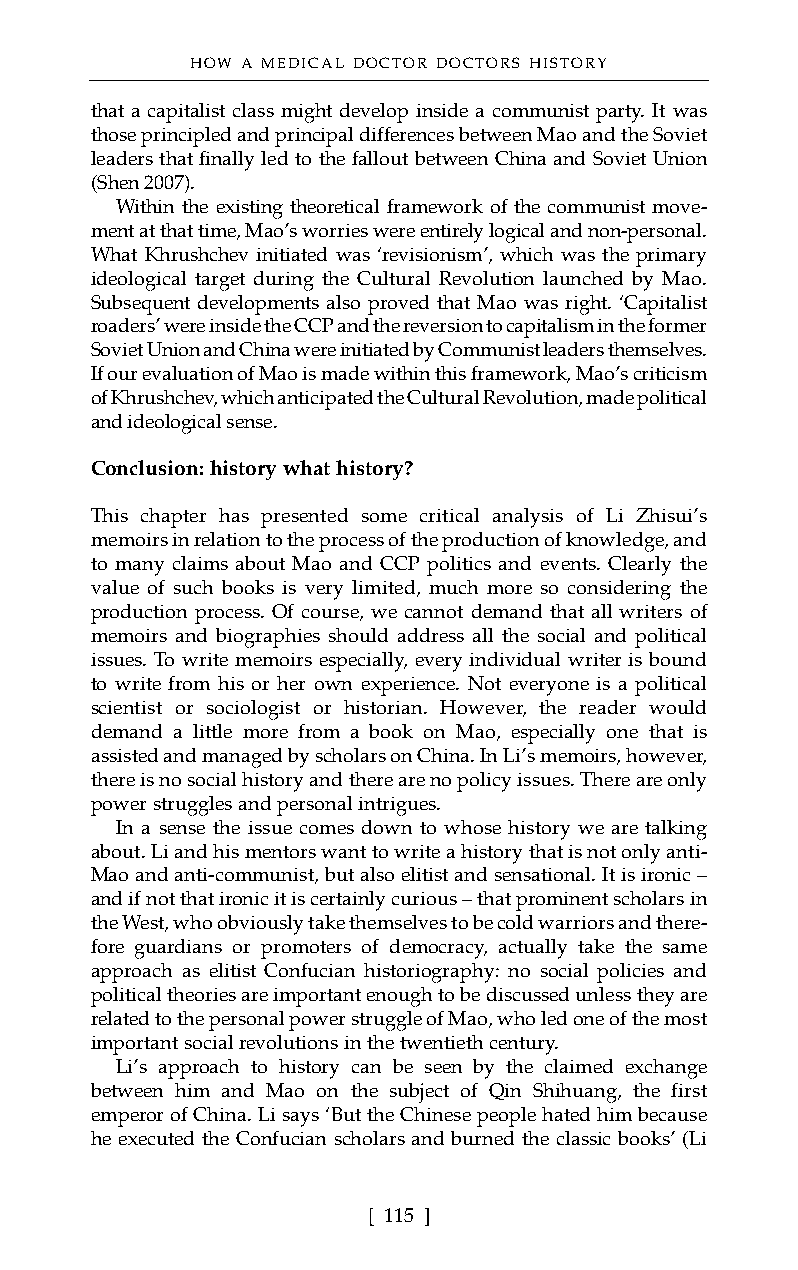
HOW A MEDICAL DOCTOR DOCTORS HISTORY
 that a capitalist class might develop inside a communist party. It was
 those principled and principal differences between Mao and the Soviet
 leaders that finally led to the fallout between China and Soviet Union
 (Shen 2007).
 Within the existing theoretical framework of the communist move-
 ment at that time, Mao’s worries were entirely logical and non-personal.
 What Khrushchev initiated was ‘revisionism’, which was the primary
 ideological target during the Cultural Revolution launched by Mao.
 Subsequent developments also proved that Mao was right. ‘Capitalist
 roaders’ were inside the CCP and the reversion to capitalism in the former
 Soviet Union and China were initiated by Communist leaders themselves.
 If our evaluation of Mao is made within this framework, Mao’s criticism
 of Khrushchev, which anticipated the Cultural Revolution, made political
 and ideological sense.
 Conclusion: history what history?
 This chapter has presented some critical analysis of Li Zhisui’s
 memoirs in relation to the process of the production of knowledge, and
 to many claims about Mao and CCP politics and events. Clearly the
 value of such books is very limited, much more so considering the
 production process. Of course, we cannot demand that all writers of
 memoirs and biographies should address all the social and political
 issues. To write memoirs especially, every individual writer is bound
 to write from his or her own experience. Not everyone is a political
 scientist or sociologist or historian. However, the reader would
 demand a little more from a book on Mao, especially one that is
 assisted and managed by scholars on China. In Li’s memoirs, however,
 there is no social history and there are no policy issues. There are only
 power struggles and personal intrigues.
 In a sense the issue comes down to whose history we are talking
 about. Li and his mentors want to write a history that is not only anti-
 Mao and anti-communist, but also elitist and sensational. It is ironic –
 and if not that ironic it is certainly curious – that prominent scholars in
 the West, who obviously take themselves to be cold warriors and there-
 fore guardians or promoters of democracy, actually take the same
 approach as elitist Confucian historiography: no social policies and
 political theories are important enough to be discussed unless they are
 related to the personal power struggle of Mao, who led one of the most
 important social revolutions in the twentieth century.
 Li’s approach to history can be seen by the claimed exchange
 between him and Mao on the subject of Qin Shihuang, the first
 emperor of China. Li says ‘But the Chinese people hated him because
 he executed the Confucian scholars and burned the classic books’ (Li
 [ 115 ]